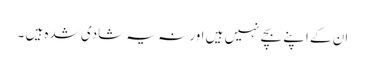
ان کے اپنے بچے نہیں ہیں اور نہ یہ شادی شدہ ہیں ۔